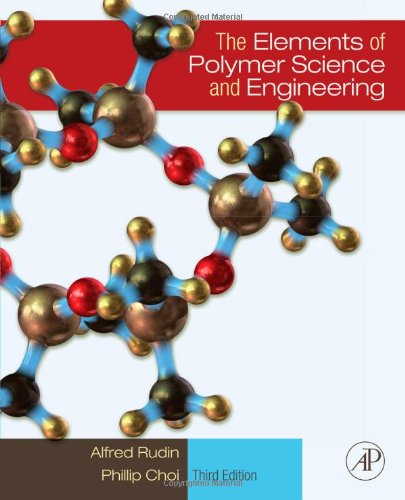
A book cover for The Elements of Polymer Science & Engineering, Third Edition; Alfred Rudin; Science & Math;